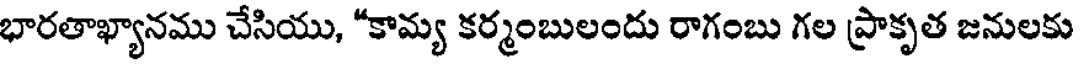
భారతాఖ్యానము చేసియు, "కామ్య కర్మంబులందు రాగంబు గల ప్రాకృత జనులకు